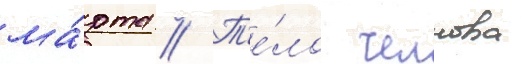
ма́рта // Т'е́ло челнова